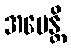
အပေန္တိ